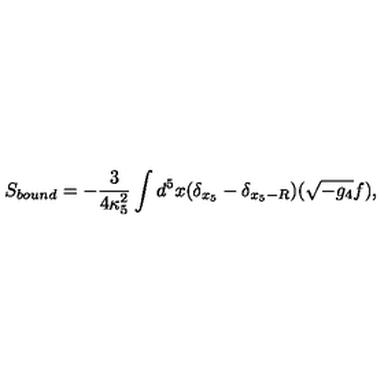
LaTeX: S _ { b o u n d } = - \frac { 3 } { 4 \kappa _ { 5 } ^ { 2 } } \int d ^ { 5 } x ( \delta _ { x _ { 5 } } - \delta _ { x _ { 5 } - R } ) ( \sqrt { - g _ { 4 } } f ) ,